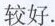
较好。